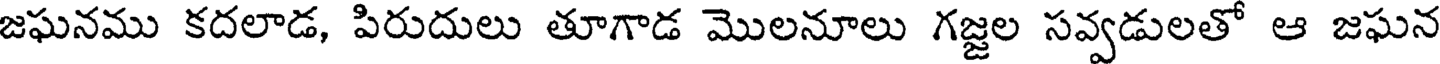
జఘనము కదలాడ, పిరుదులు తూగాడ మొలనూలు గజ్జల సవ్వడులతో ఆ జఘన